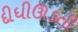
દીધીઊડતી